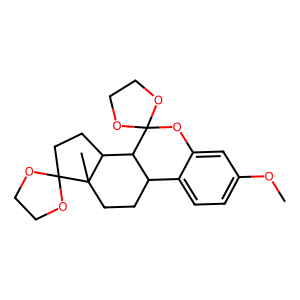
SMILES: COc1ccc2c(c1)OC1(OCCO1)C1C2CCC2(C)C1CCC21OCCO1
Inhibits HIV replication: No